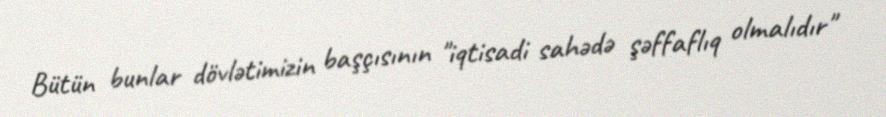
Bütün bunlar dövlətimizin başçısının "iqtisadi sahədə şəffaflıq olmalıdır"